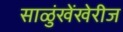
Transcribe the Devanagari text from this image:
साळुंखेंखेरीज